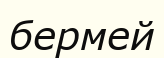
бермей